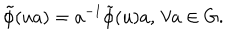
LaTeX: \tilde { \phi } ( u a ) = a ^ { - 1 } \tilde { \phi } ( u ) a , \, \forall a \in G .